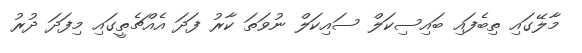
މާލޭގައި ތިބެފައި ބައިސިކަލް ސައިކަލް ނުވަތަ ކާރު ފަދަ އެއްޗެތީގައި މިފަދަ ދުރު